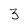
Character: 3